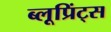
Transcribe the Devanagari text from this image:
ब्लूप्रिंट्स